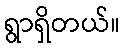
ရွာရှိတယ်။